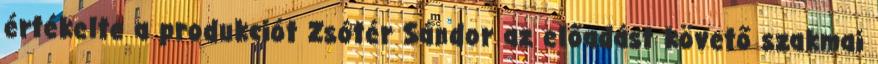
értékelte a produkciót Zsótér Sándor az előadást követő szakmai